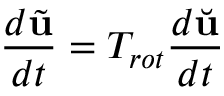
\frac { d \tilde { \mathbf { u } } } { d t } = T _ { r o t } \frac { d \Breve { \mathbf { u } } } { d t }